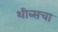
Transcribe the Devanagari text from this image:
थीब्सचा